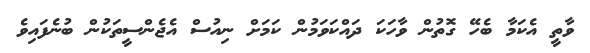
ވާތީ އެކަމާ ބެހޭ ގޮތުން ވާހަކަ ދައްކަވަމުން ކަމަށް ނިއުސް އެޖެންސީތަކުން ބުނެފައިވެ